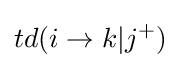
td(i\rightarrow k|j^{+})